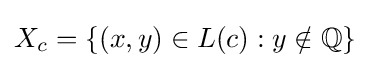
X_{c}=\{(x,y)\in L(c):y\notin \mathbb {Q} \}